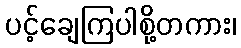
ပင့်ချေကြပါစို့တကား၊